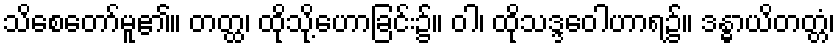
သိစေတော်မူ၏။ တတ္ထ၊ ထိုသို့ဟောခြင်း၌။ ဝါ၊ ထိုသဒ္ဒဝေါဟာရ၌။ ဒန္ဓာယိတတ္တံ၊